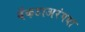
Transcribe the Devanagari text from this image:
वेंकटाअरंगया